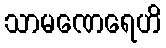
သာမဏေရေဟိ